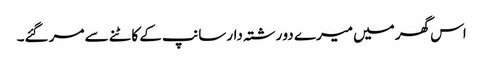
اس گھر میں میرے دو رشتہ دار سانپ کے کاٹنے سے مر گئے۔